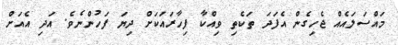
މައްސަލައެއް ޖެހިގެން އެފަދަ ތަކެތި ވިއްކާ ފިހާރައަކަށް ދިޔަ ފަހުންނެވެ. އަދި އެއަށް